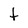
Character: t